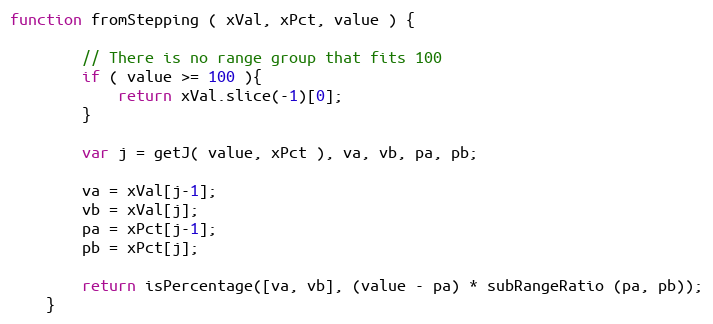
Language: JavaScript
function fromStepping ( xVal, xPct, value ) {

        // There is no range group that fits 100
        if ( value >= 100 ){
            return xVal.slice(-1)[0];
        }

        var j = getJ( value, xPct ), va, vb, pa, pb;

        va = xVal[j-1];
        vb = xVal[j];
        pa = xPct[j-1];
        pb = xPct[j];

        return isPercentage([va, vb], (value - pa) * subRangeRatio (pa, pb));
    }